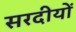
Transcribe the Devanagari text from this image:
सरदीयों